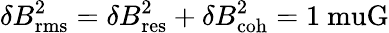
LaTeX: \delta B_{\mathrm{rms}}^{2}=\delta B_{\mathrm{res}}^{2}+\delta B_{\mathrm{coh}}^{2}=1\mathrm{\ muG}